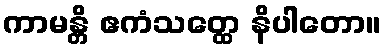
ကာမန္တိ ဧကံသတ္ထေ နိပါတော။